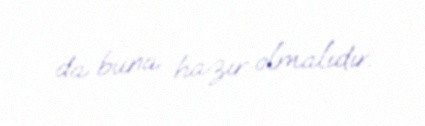
da buna hazır olmalıdır.